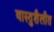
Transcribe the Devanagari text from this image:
वास्तुशैलीत